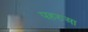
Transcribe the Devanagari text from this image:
पहरुआ